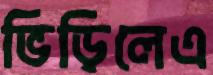
ভিড়িলেএ